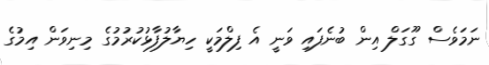
ނަމަވެސް ގޫގަލް އިން ބުނެފައި ވަނީ އެ ފިލްމަކީ ހިޔާލުފާޅުކުރުމުގެ މިނިވަން އިމުގެ